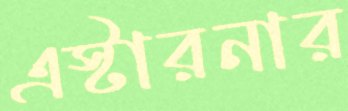
এস্টারনার